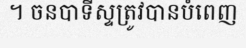
។ ចនបាទីស្ទត្រូវបានបំពេញ